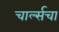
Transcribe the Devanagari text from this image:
चार्ल्सचा